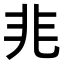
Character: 𭀡